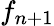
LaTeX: f_{n+1}